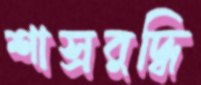
শাস্রবুদ্ধি